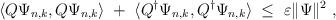
LaTeX: \begin{align*}\langle Q\Psi_{n,k}, Q\Psi_{n,k}\rangle\;+\; \langle Q^\dagger\Psi_{n,k},Q^\dagger\Psi_{n,k}\rangle \;\leq\;\varepsilon\Vert\Psi\Vert^2 \ ,\end{align*}